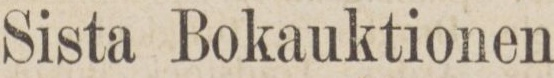
Sista Bokauktionen